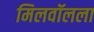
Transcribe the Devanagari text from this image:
मिलवॉलला